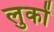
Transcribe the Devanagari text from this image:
लुकों